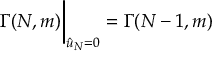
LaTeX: \Gamma ( N , m ) \bigg \vert _ { { \hat { u } } _ { N } = 0 } = \Gamma ( N - 1 , m )